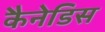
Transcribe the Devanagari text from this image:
कैनेडिस